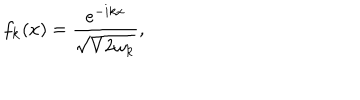
f _ { { \bf k } } ( x ) = \frac { e ^ { - i k x } } { \sqrt { V 2 \omega _ { { \bf k } } } } ,